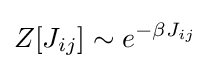
Z[J_{ij}]\sim e^{-\beta J_{ij}}